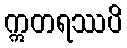
ဣတရဿပိ